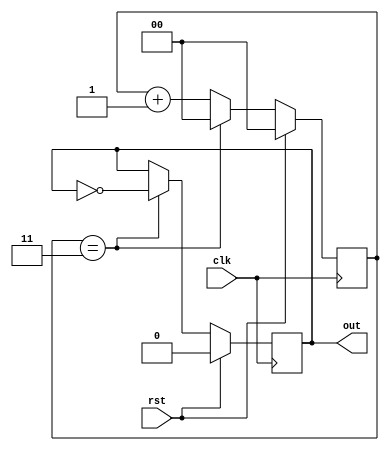
module divide_by_n_counter #(
    parameter N = 4 // Parameter N for divide-by-N functionality
) (
    input wire clk,         // Clock input
    input wire rst,         // Synchronous reset input
    output reg out          // Output that toggles every N clock cycles
);

    // Calculate the number of bits needed to represent the counter
    localparam COUNTER_BITS = $clog2(N);
    
    // Counter register
    reg [COUNTER_BITS-1:0] count;

    // Always block for counter logic
    always @(posedge clk) begin
        if (rst) begin
            count <= 0;      // Reset the counter to 0
            out <= 0;        // Reset output
        end else begin
            if (count == N-1) begin
                count <= 0;  // Reset count when it reaches N
                out <= ~out;  // Toggle output
            end else begin
                count <= count + 1; // Increment counter
            end
        end
    end

endmodule